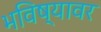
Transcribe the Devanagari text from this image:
भविष्यावर